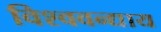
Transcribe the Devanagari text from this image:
विश्ववन्द्याय